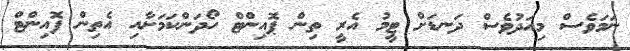
ނަމަވެސް މިއަދުވެސް ދަނޑަށް ޓީމު އެރީ ތިން ޕޮއިންޓް ހޯދަންކަމަށާއި އެތިން ފޮއިންޓް